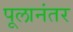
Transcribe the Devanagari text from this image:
पूलानंतर